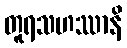
တူရသဟဿာနိ